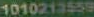
1010212559